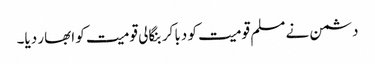
دشمن نے مسلم قومیت کو دبا کر بنگالی قومیت کو ابھار دیا۔